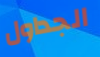
الجداول